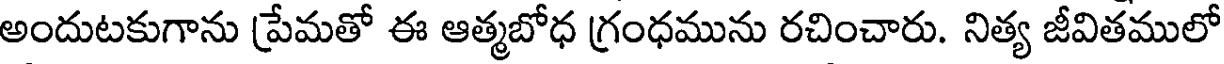
అందుటకుగాను ప్రేమతో ఈ ఆత్మబోధ గ్రంధమును రచించారు. నిత్య జీవితములో